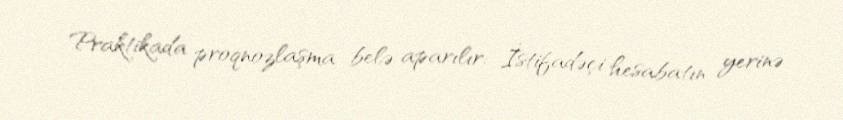
Praktikada proqnozlaşma belə aparılır: İstifadəçi hesabatın yerinə